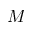
M